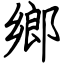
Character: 鄉